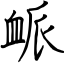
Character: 衇